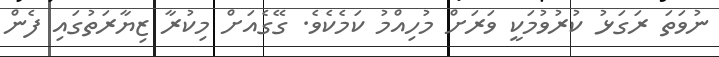
ނުވަތަ ރަގަޅު ކުރުވުމަކީ ވަރަށް މުހިއްމު ކަމެކެވެ. ގޭގެއަށް މިކުރާ ޒިޔާރަތުގައި ފެން